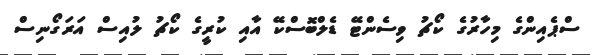
ސްޕެއިންގެ މިހާރުގެ ކޯޗު ވިސެންޓޭ ޑެލްބޮސްކޭ އާއި ކުރީގެ ކޯޗު ލުއިސް އަރަގޯނިސް